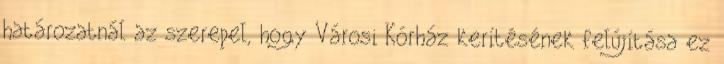
határozatnál az szerepel, hogy Városi Kórház kerítésének felújítása ez